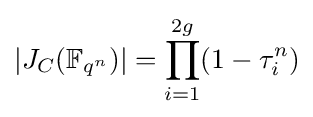
|J_{C}(\mathbb {F} _{q^{n}})|=\prod _{i=1}^{2g}(1-\tau _{i}^{n})